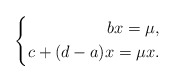
\begin{align*}\left\{\begin{aligned}bx=\mu,\\c+(d-a)x=\mu x.\end{aligned}\right.\end{align*}